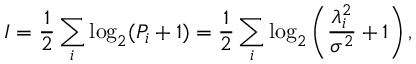
I = \frac { 1 } { 2 } \sum _ { i } \log _ { 2 } ( P _ { i } + 1 ) = \frac { 1 } { 2 } \sum _ { i } \log _ { 2 } \left( \frac { \lambda _ { i } ^ { 2 } } { \sigma ^ { 2 } } + 1 \right) ,